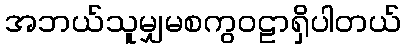
အဘယ်သူမျှမစကွဝဠာရှိပါတယ်